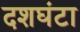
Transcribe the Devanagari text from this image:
दशघंटा